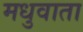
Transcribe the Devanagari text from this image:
मधुवाता